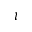
\iota \!